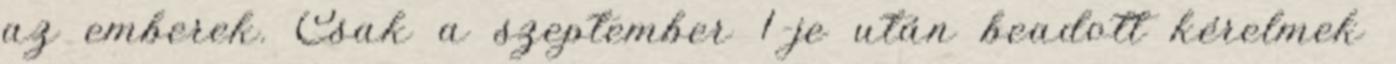
az emberek. Csak a szeptember 1-je után beadott kérelmek